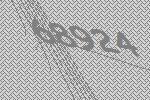
68924